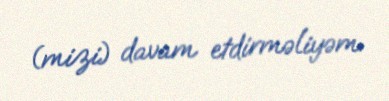
(mizi) davam etdirməliyəm.